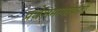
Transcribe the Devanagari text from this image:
प्रवेशमार्गापाशी